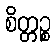
စိတ္တဉ္စ